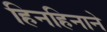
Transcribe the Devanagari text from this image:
हिनहिनाने